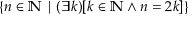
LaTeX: \{ n \in \mathbb { N } \mid ( \exists k ) [ k \in \mathbb { N } \land n = 2 k ] \}